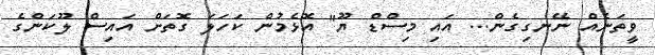
ވީތަނެއް ނޭނގިގެން... އައި މިސްޑް ޔޫ" އޮޅެމުން ކަހަލަ ގޮތަށް އައިސް ލޫކަންގެ